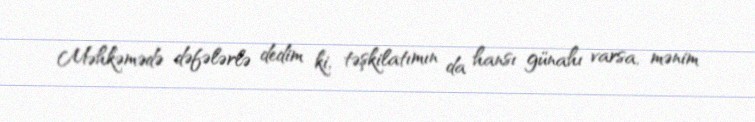
Məhkəmədə dəfələrlə dedim ki, təşkilatımın da hansı günahı varsa, mənim